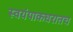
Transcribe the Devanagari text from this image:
स्वयंपाकघरातच